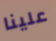
علينا